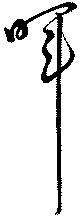
暉